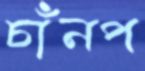
চাঁনপ